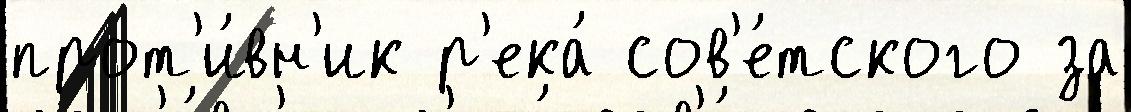
прот'и́вн'ик р'ека́ сов'е́тского за